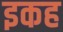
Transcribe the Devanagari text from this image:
इकह